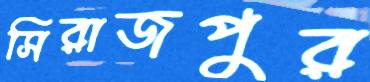
সিরাজপুর